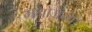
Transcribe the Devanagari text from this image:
मनोजन्य।